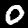
Digit: 0